Scientific memoirs by medical officers of the Army of India - Part III,
Year: 1887
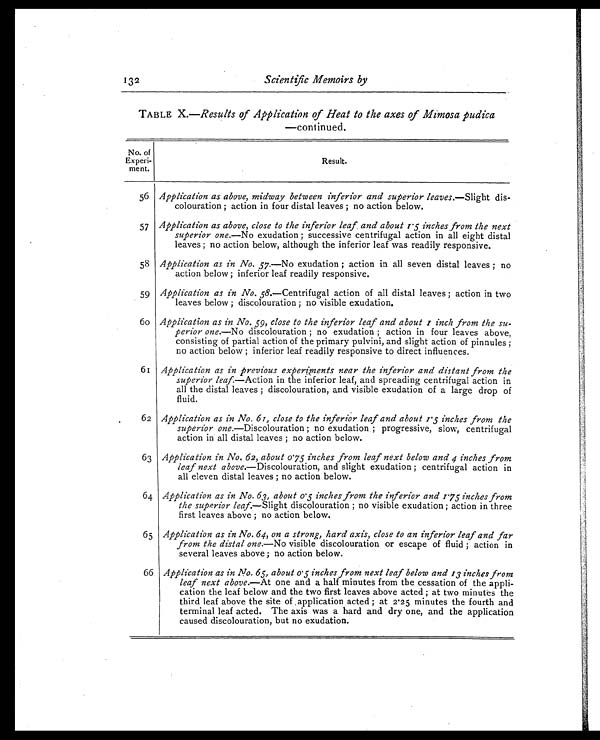
132
Scientific Memoirs by
TABLE X.—Results of Application of Heat to the axes of Mimosa pudica
—continued.
No. of
Experi-
ment.
Result.
56 Application as above, midway between inferior and superior leaves.—Slight dis-
colouration ; action in four distal leaves ; no action below.
57 Application as above, close to the inferior leaf and about 1.5 inches from the next
superior one.—No exudation ; successive centrifugal action in all eight distal
leaves ; no action below, although the inferior leaf was readily responsive.
58 Application as in No. 57.—No exudation ; action in all seven distal leaves ; no
action below ; inferior leaf readily responsive.
59 Application as in No. 58. —Centrifugal action of all distal leaves ; action in two
leaves below ; discolouration ; no visible exudation.
60 Application as in No. 59, close to the inferior leaf and about 1 inch from the su-
perior one.—No discolouration ; no exudation ; action in four leaves above,
consisting of partial action of the primary pulvini, and slight action of pinnules ;
no action below ; inferior leaf readily responsive to direct influences.
61 Application as in previous experiments near the inferior and distant from the
superior leaf.— A c t i o n i n t h e i n f e r i o r l e a f , a n d s p r e a d i n g c e n t r i f u g a l a c t i o n i n
all the distal leaves ; discolouration, and visible exudation of a large drop of
fluid.
62 Application as in No. 61, close to the inferior leaf and about 1.5 inches from the
superior one. —Discolouration ; no exudation ; progressive, slow, centrifugal
action in all distal leaves ; no action below.
63 Application in No. 62, about 0.75 inches from leaf next below and 4 inches from
leaf next above.—Discolouration, and slight exudation ; centrifugal action in
all eleven distal leaves ; no action below.
64 Application as in No. 63, about 0.5 inches from the inferior and 1.75 inches from
the superior leaf.—Slight discolouration ; no visible exudation ; action in three
first leaves above ; no action below.
65 Application as in No. 64, on a strong, hard axis, close to an inferior leaf and far
from the distal one. —No visible discolouration or escape of fluid ; action in
several leaves above; no action below.
66 Application as in No. 65, about 0.5 inches from next leaf below and 13 inches from
leaf next above.—At one and a half minutes from the cessation of the appli-
cation the leaf below and the two first leaves above acted ; at two minutes the
third leaf above the site of application acted ; at 2.25 minutes the fourth and
terminal leaf acted. The axis was a hard and dry one, and the application
caused discolouration, but no exudation.